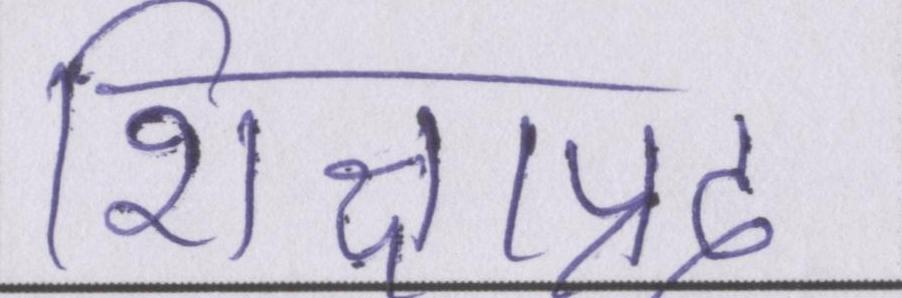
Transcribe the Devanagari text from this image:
शिक्षाप्रद